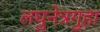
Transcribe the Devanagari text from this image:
लघुनेत्रगुहा